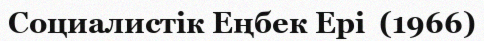
Социалистік Еңбек Ері  (1966)